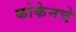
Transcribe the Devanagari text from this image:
कोकेनचे